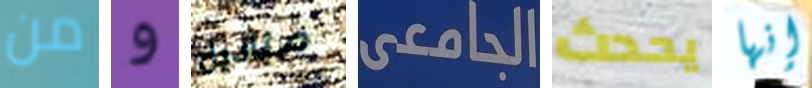
من و مناديل الجامعى يحدث إنها